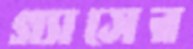
গ্যাসের